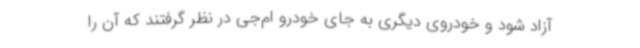
آزاد شود و خودروی دیگری به جای خودرو ام‌جی در نظر گرفتند که آن را